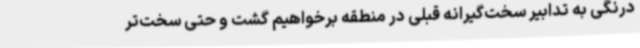
درنگی به تدابیر سخت‌گیرانه قبلی در منطقه برخواهیم گشت و حتی سخت‌تر